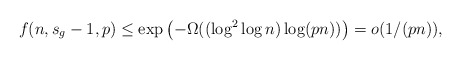
\begin{align*}f(n, s_g-1 ,p) \le \exp \left( - \Omega( (\log^2 \log n) \log(pn) ) \right) = o(1/(pn)),\end{align*}